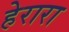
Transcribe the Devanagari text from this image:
हेरारा